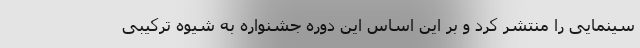
سینمایی را منتشر کرد و بر این اساس این دوره جشنواره به شیوه ترکیبی